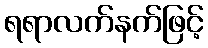
ရရာလက်နက်ဖြင့်